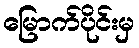
မြောက်ပိုင်းမှ